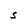
Character: s